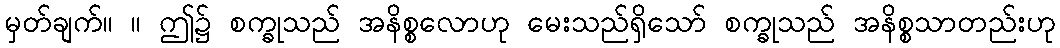
မှတ်ချက်။ ။ ဤ၌ စက္ခုသည် အနိစ္စလောဟု မေးသည်ရှိသော် စက္ခုသည် အနိစ္စသာတည်းဟု